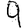
Digit: 9